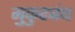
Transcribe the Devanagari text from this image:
मुकुटबंध